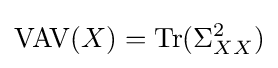
\operatorname {VAV} (X)=\operatorname {Tr} (\Sigma _{XX}^{2})